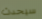
سيحدث